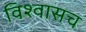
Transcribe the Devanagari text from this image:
विश्वासच